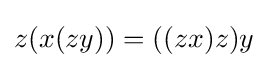
z(x(zy))=((zx)z)y